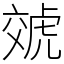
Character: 虠